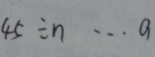
4 5 \div n \cdots a